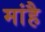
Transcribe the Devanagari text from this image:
मांहै